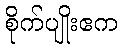
စိုက်ပျိုးဧက